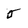
Character: 5